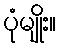
ပုံမျိုး။